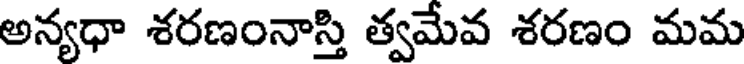
అన్యధా శరణంనాస్తి త్వమేవ శరణం మమ